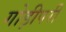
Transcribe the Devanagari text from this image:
गोड़ीपरी